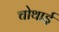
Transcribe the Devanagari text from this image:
चोथाई